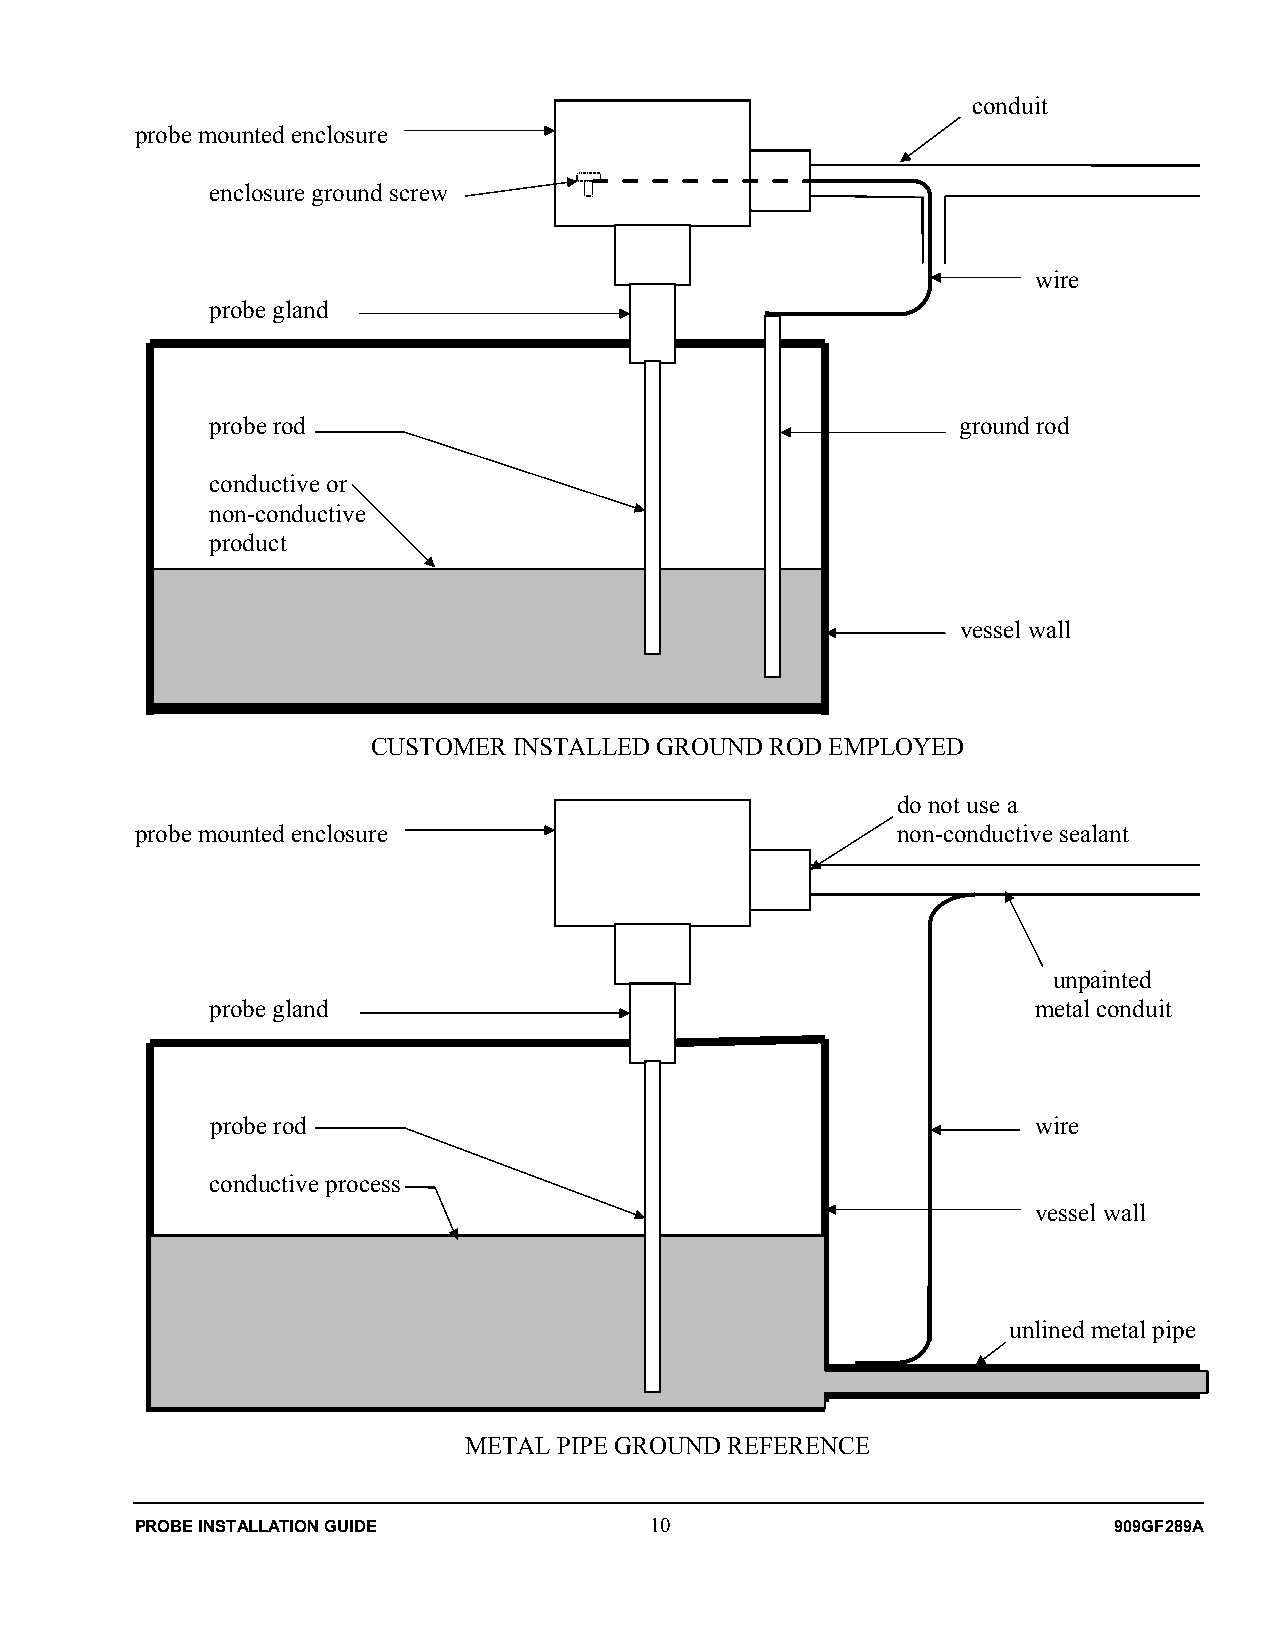
conduit
 probe mounted enclosure
 enclosure ground screw
 wire
 probe gland
 probe rod                                         ground rod
 conductive or
 non-conductive
 product
 vessel wall
 CUSTOMER INSTALLED GROUND ROD EMPLOYED
 do not use a
 probe mounted enclosure                           non-conductive sealant
 unpainted
 probe gland                                            metal conduit
 probe rod                                              wire
 conductive process
 vessel wall
 unlined metal pipe
 METAL PIPE GROUND REFERENCE
 PROBE INSTALLATION GUIDE          10                             909GF289A